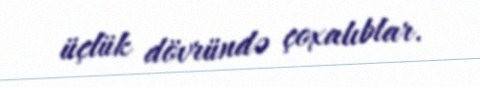
üçlük dövründə çoxalıblar.